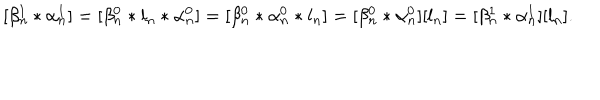
[ \beta _ { n } ^ { 1 } * \alpha _ { n } ^ { 1 } ] = [ \beta _ { n } ^ { 0 } * l _ { n } * \alpha _ { n } ^ { 0 } ] = [ \beta _ { n } ^ { 0 } * \alpha _ { n } ^ { 0 } * l _ { n } ] = [ \beta _ { n } ^ { 0 } * \alpha _ { n } ^ { 0 } ] [ l _ { n } ] = [ \beta _ { n } ^ { 1 } * \alpha _ { n } ^ { 1 } ] [ l _ { n } ] .